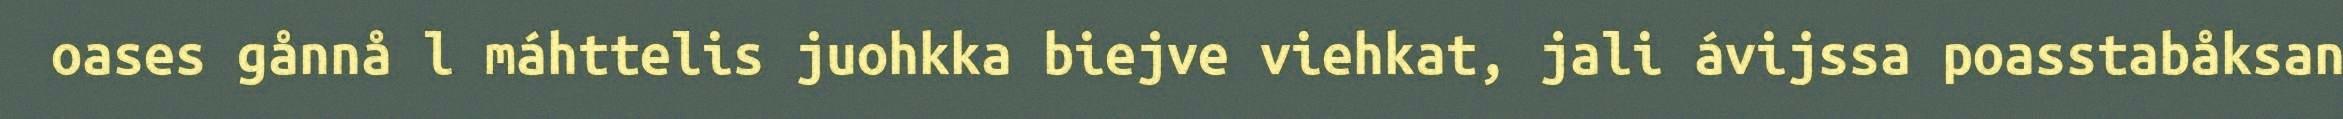
oases gånnå l máhttelis juohkka biejve viehkat, jali ávijssa poasstabåksan